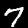
Digit: 7